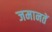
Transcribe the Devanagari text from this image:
जमानतें